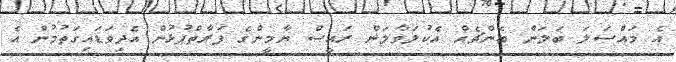
އެ މައްސަލަ ބަލަން ބެންޗެއް އެކުލަވާލަން ރައީސް ޔާމީންގެ ފަރާތްޕުޅުން އެދިވަޑައިގަތުމުން އެ